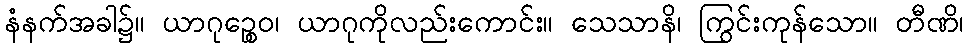
နံနက်အခါ၌။ ယာဂုဉ္စေဝ၊ ယာဂုကိုလည်းကောင်း။ သေသာနိ၊ ကြွင်းကုန်သော။ တီဏိ၊